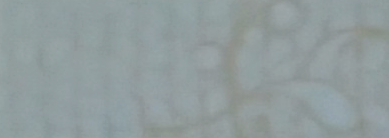
auto repair